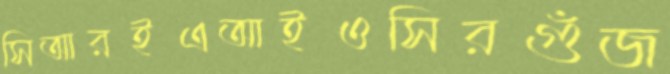
সিআরইএআইওসিরগুঁজ